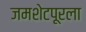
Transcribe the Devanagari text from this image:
जमशेटपूरला